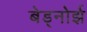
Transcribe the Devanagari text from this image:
बेड्नोर्झ